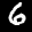
Label: 6